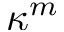
\kappa ^ { m }